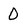
Character: 0